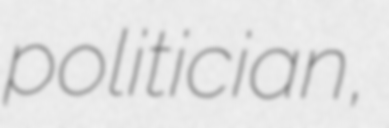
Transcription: politician,